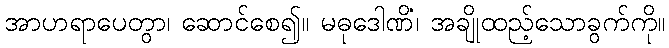
အာဟရာပေတွာ၊ ဆောင်စေ၍။ မဓုဒေါဏိံ၊ အချိုထည့်သောခွက်ကို။